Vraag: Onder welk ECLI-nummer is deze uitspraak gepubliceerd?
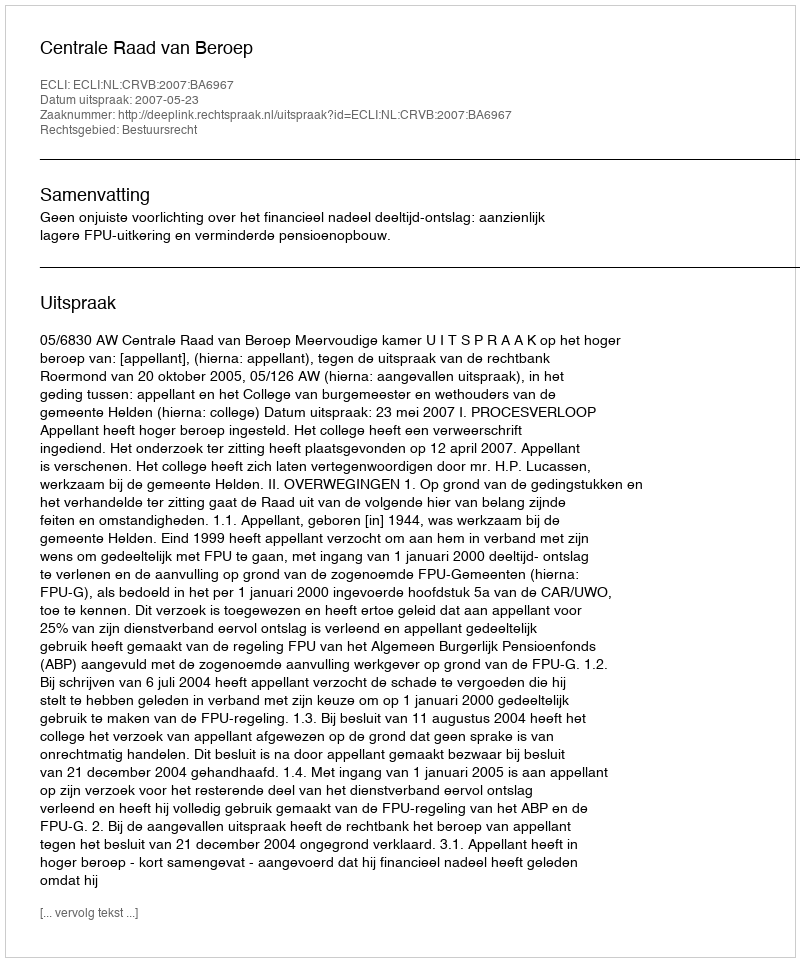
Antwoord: ECLI:NL:CRVB:2007:BA6967